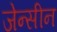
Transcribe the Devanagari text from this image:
जेन्सीन